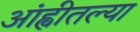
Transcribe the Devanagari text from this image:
आंह्वीतल्या